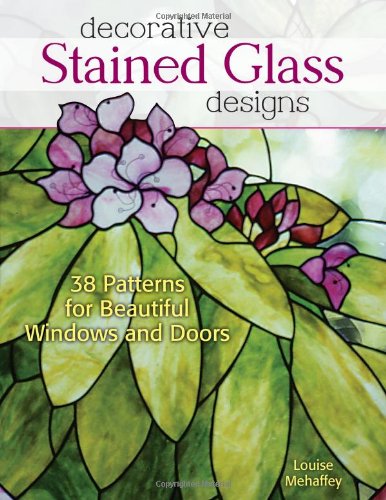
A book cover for Decorative Stained Glass Designs: 38 Patterns for Beautiful Windows and Doors; Louise Mehaffey; Crafts, Hobbies & Home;